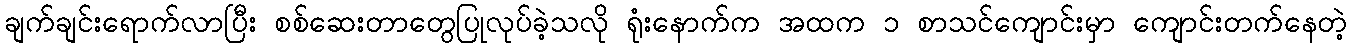
ချက်ချင်းရောက်လာပြီး စစ်ဆေးတာတွေပြုလုပ်ခဲ့သလို ရုံးနောက်က အထက ၁ စာသင်ကျောင်းမှာ ကျောင်းတက်နေတဲ့